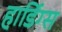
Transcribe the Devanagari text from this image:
हार्डिग्स